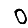
Digit: 0